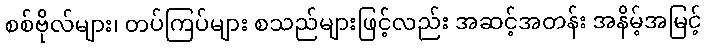
စစ်ဗိုလ်များ၊ တပ်ကြပ်များ စသည်များဖြင့်လည်း အဆင့်အတန်း အနိမ့်အမြင့်